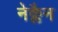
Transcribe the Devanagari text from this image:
नेक्लैन